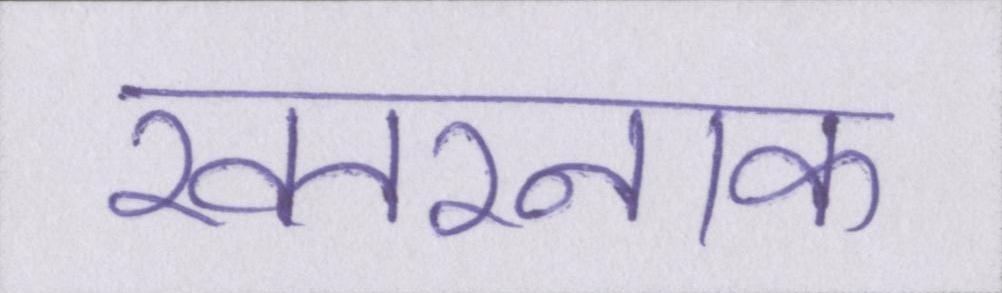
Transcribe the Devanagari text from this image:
खतरनाक